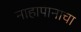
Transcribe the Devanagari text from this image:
नाहापानाचा